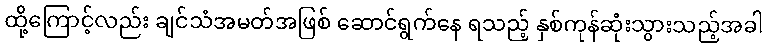
ထို့ကြောင့်လည်း ချင်သံအမတ်အဖြစ် ဆောင်ရွက်နေ ရသည့် နှစ်ကုန်ဆုံးသွားသည့်အခါ